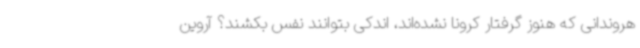
هروندانی که هنوز گرفتار کرونا نشده‌اند، اندکی بتوانند نفس بکشند؟ آروین